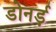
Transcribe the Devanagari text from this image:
डोनर्ड़